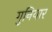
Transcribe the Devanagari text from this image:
गुनियार